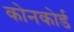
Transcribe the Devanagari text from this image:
कोनकोर्ड